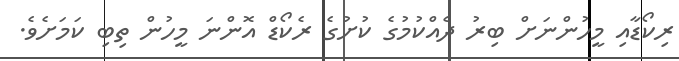
ރިކޯޑާއި މީހުންނަށް ބިރު ދެއްކުމުގެ ކުށުގެ ރެކޯޑް އޮންނަ މީހުން ތިބި ކަމަށެވެ.